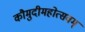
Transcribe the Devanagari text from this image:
कौमुदीमहोत्सवम्